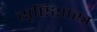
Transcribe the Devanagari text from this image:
सृष्टिशास्त्र